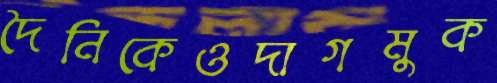
দৈনিকেওদাগমুক